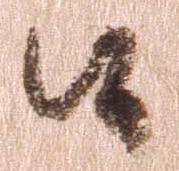
候